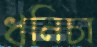
ধনিচা